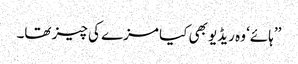
’’ہائے‘ وہ ریڈیو بھی کیا مزے کی چیز تھا۔